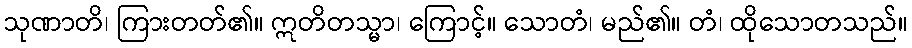
သုဏာတိ၊ ကြားတတ်၏။ ဣတိတသ္မာ၊ ကြောင့်။ သောတံ၊ မည်၏။ တံ၊ ထိုသောတသည်။